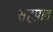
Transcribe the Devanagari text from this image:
सहप्रांत